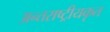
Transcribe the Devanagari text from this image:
अन्तराष्ट्रीयकृत